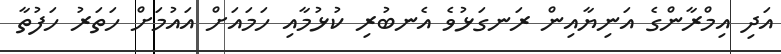
އަދި އިމްރާންގެ އަނިޔާއިން ރަނގަޅުވެ އެނބުރި ކުޅުމާއި ހަމައަށް އައުމަށް ހަތަރު ހަފުތާ